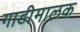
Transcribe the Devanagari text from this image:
गाडीमालक